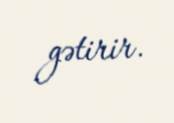
gətirir.